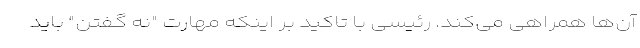
آن‌ها همراهی می‌کند. رئیسی با تاکید بر اینکه مهارت "نه گفتن" باید